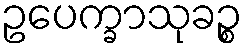
ဥပေက္ခာသုခဉ္စ